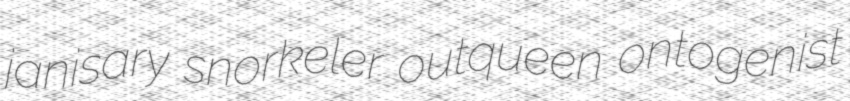
janisary snorkeler outqueen ontogenist